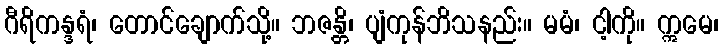
ဂီရိကန္ဒရံ၊ တောင်ချောက်သို့။ ဘဇန္တိ၊ ပျံကုန်ဘိသနည်း။ မမံ၊ ငါ့ကို။ ဣမေ၊